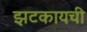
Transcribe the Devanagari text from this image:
झटकायची